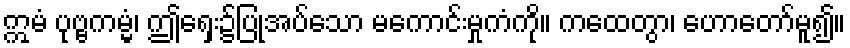
ဣမံ ပုဗ္ဗကမ္မံ၊ ဤရှေး၌ပြုအပ်သော မကောင်းမှုကံကို။ ကထေတွာ၊ ဟောတော်မူ၍။